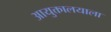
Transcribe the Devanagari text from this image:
आयुक्तालयाला